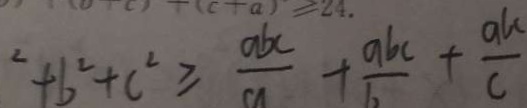
^ { 2 } + b ^ { 2 } + c ^ { 2 } \geq \frac { a b c } { a } + \frac { a b c } { b } + \frac { a b } { c }